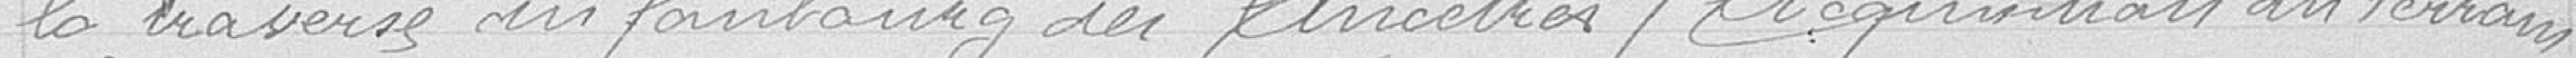
la traverses du faubourg des ancêtres / Acquisition du terrain